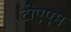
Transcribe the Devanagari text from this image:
टीएएम